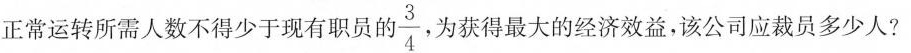
正常运转所需人数不得少于现有职员的 \frac{3}{4} 为获得最大的经济效益，该公司应裁员多少人?